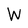
Character: W